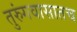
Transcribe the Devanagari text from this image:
तुरुंगवासातच